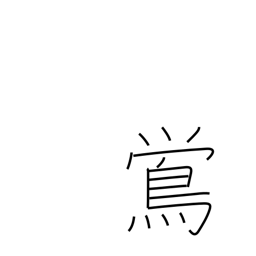
Meaning: nightingale